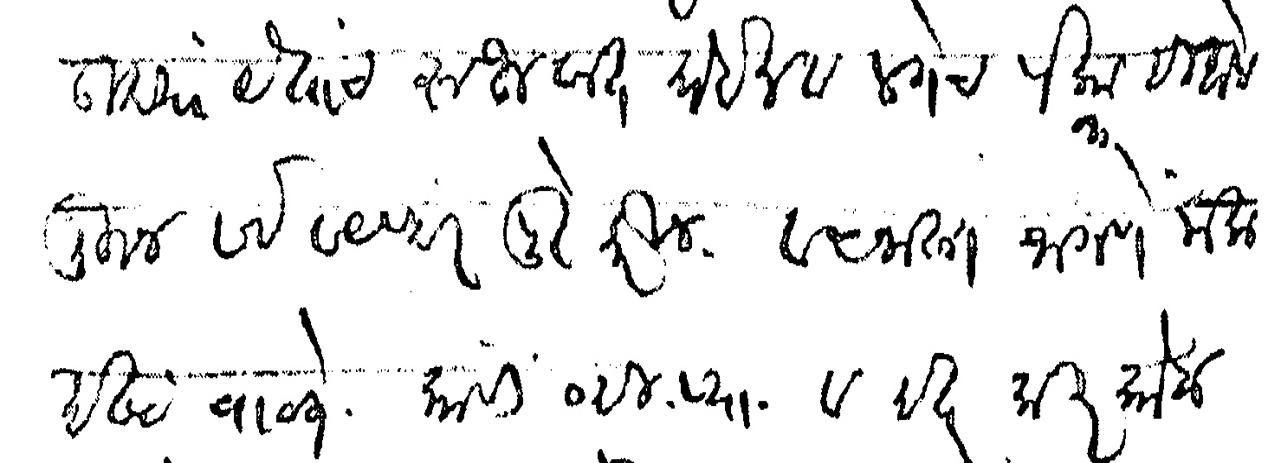
Transliteration (Devanagari): उद्या येताच रुजवात घेईन व लगेच पक्का हिशेब लिहून सर्व व्यवहार पुरे करीन वचनाला जागणे मला इष्ट वाटते काही व्ही प्या व इतर किरकोळ